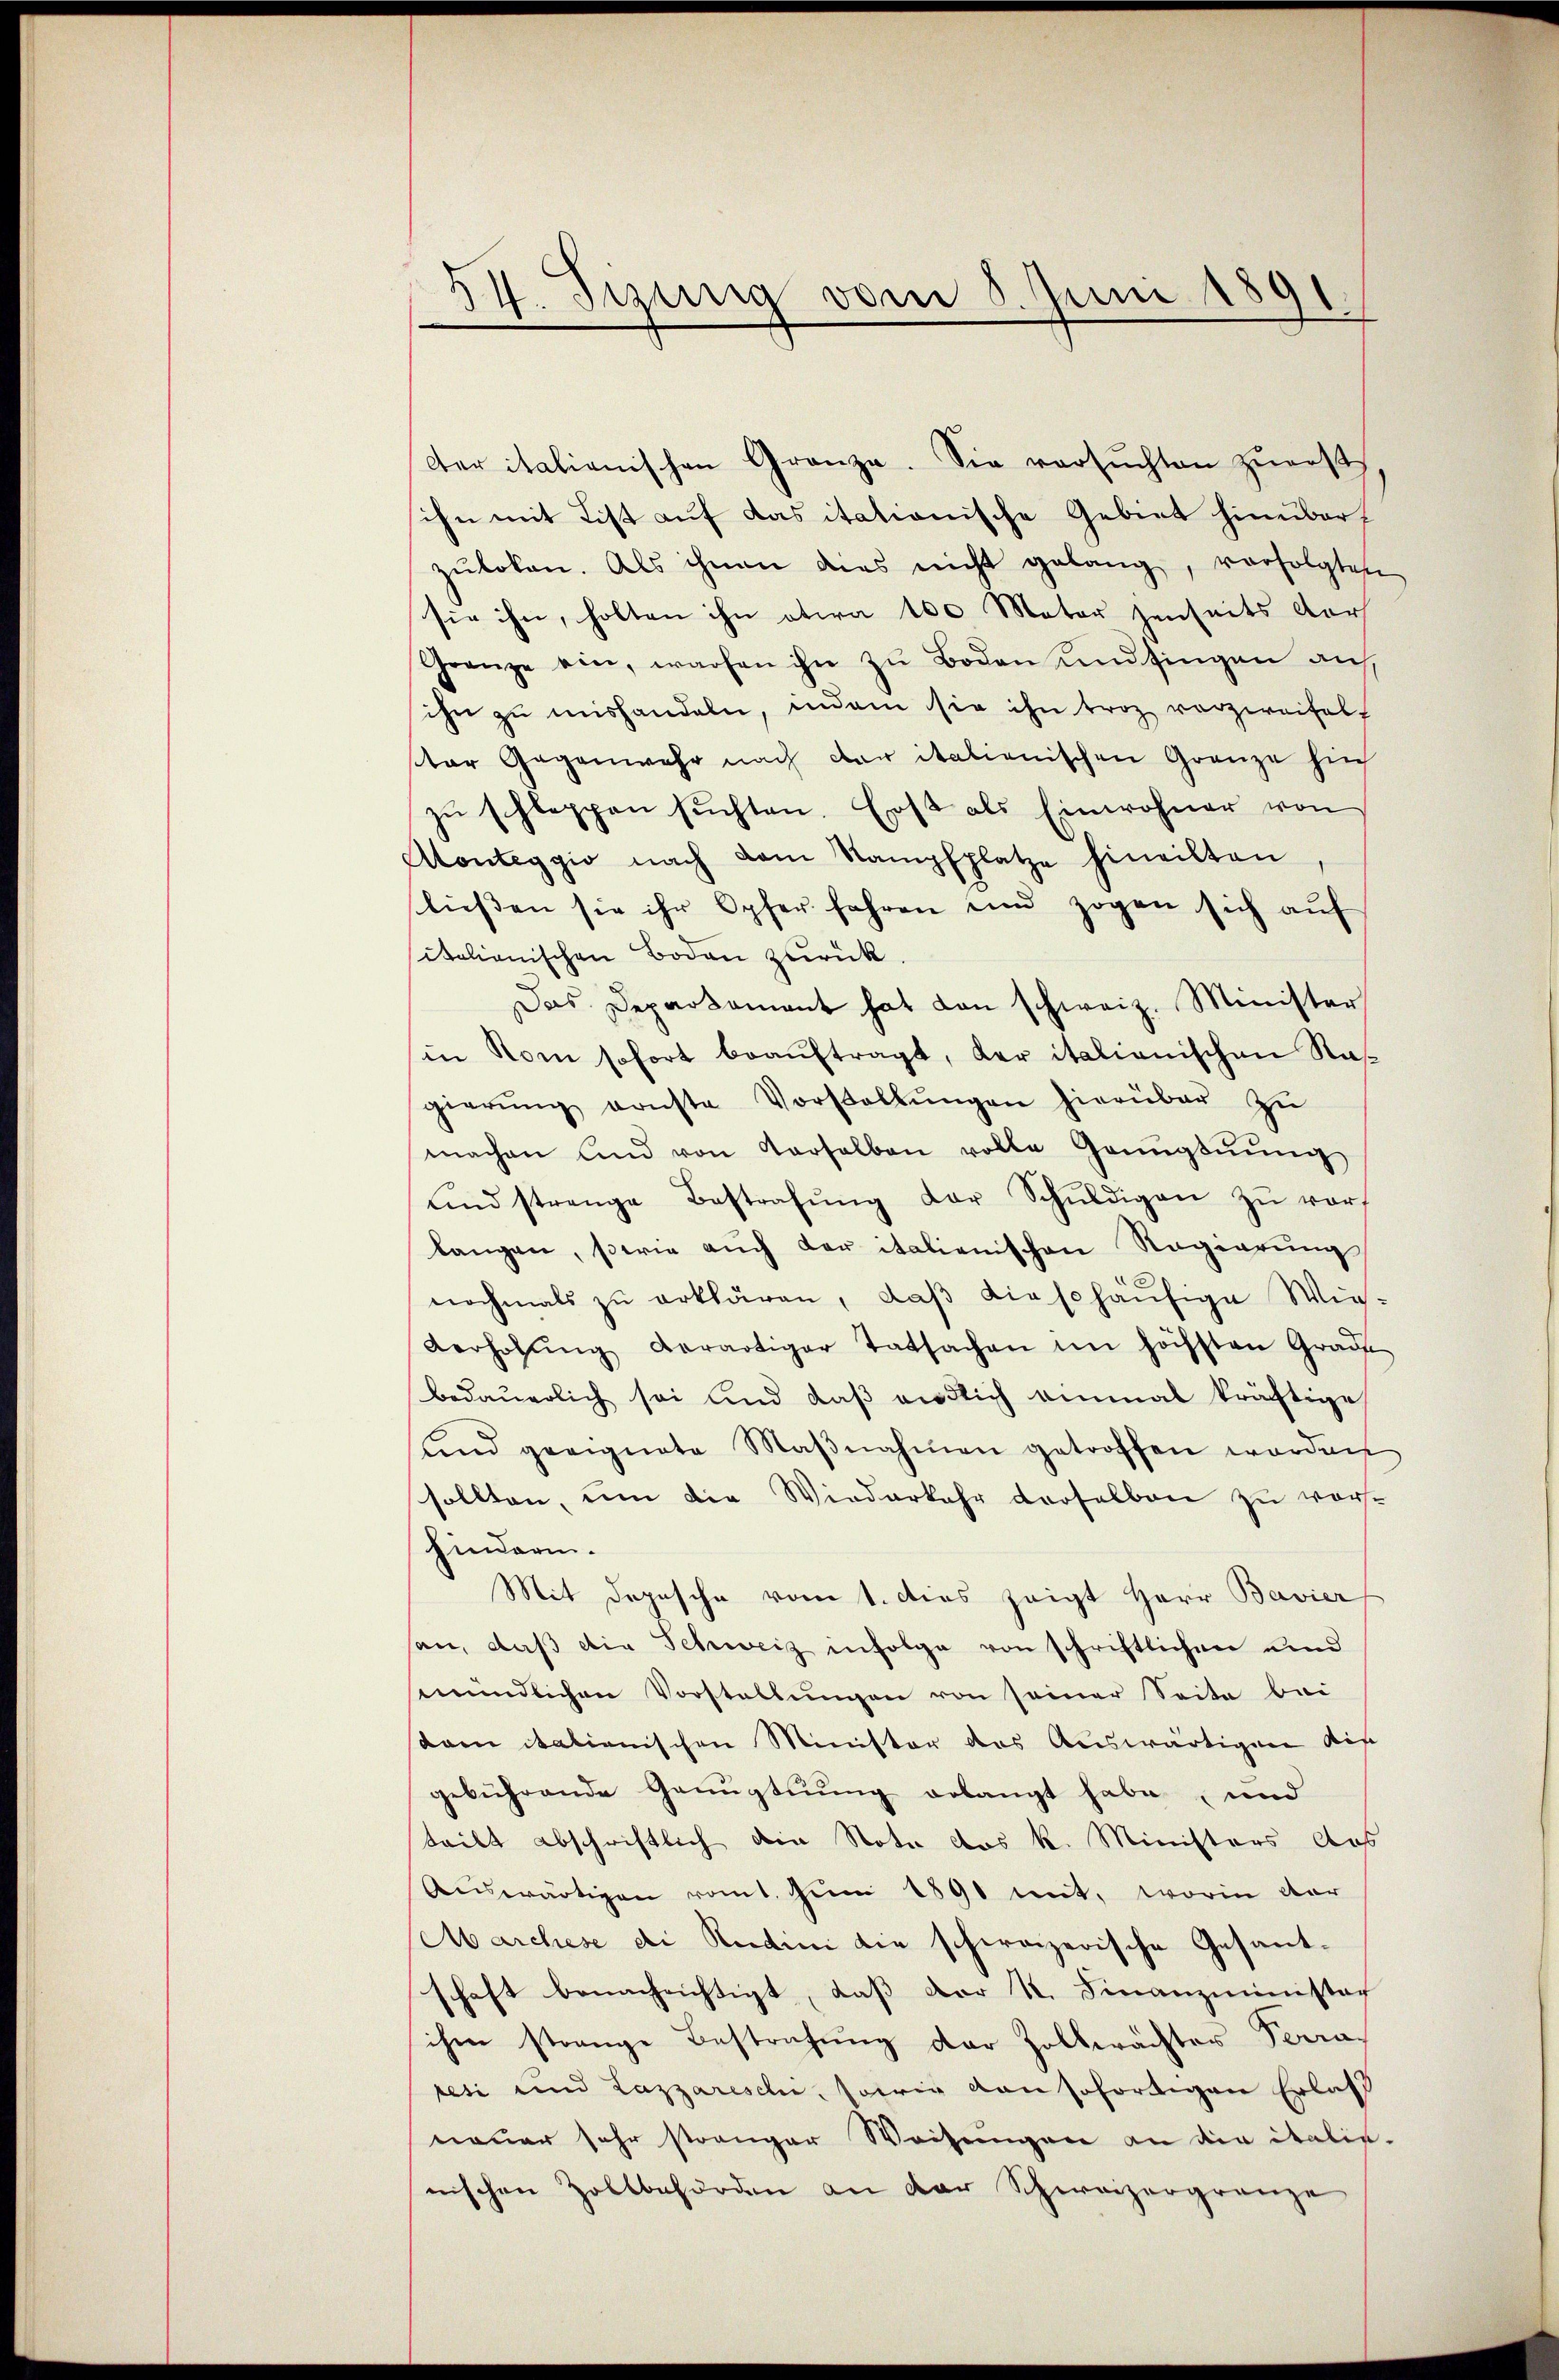
54. Syzung vom 8. Juni 1891

der italienischen Gränze. Sie versŭchten zŭerst
ihn mit List auf das itationische Gebiet hinüberzŭboten. Als ihnen dies nicht gelang, verfolgten
sie ihn, holten ihn etwa 100 Mater jenseits dar
Grenze ein, warfen ihn zu Boden und fingen auf
ihn zu mishandeln, indem sie ihn troz vorzweifelt
ster Gegenwahr nach der italienischen Grenze hin
zŭ schleppen suchten. Erst als Einwohner von
Aonteggio nach dem Stampfplatze hineilten
lieβen sie ihr Opfer fahren und zogen sich aŭf
italienischen Boden zurück
Das Departament hat dan schweiz. Minister
in Rom sofort beaŭftragt, der italienischen Ras
gierŭng ernste Vorstellŭngen hierüber zŭ
machen und von Verselben volle Genügtnŭng
und strenge Bestrafŭng der Schŭldigen zŭ ver
langen, sowie aŭch der italienischen Regierung
nochmals zu erklären, daβ dieschäufige Wies-
Verhöhŭng derartiger Tatsachen im höchsten Grade
bedauerlich sei und daß endlich einmal kräftige
ŭnd geeignete Maβnahmen getroffen worden
sollten, um die Wiederkehr derselben zu vorhindern.
Mit Depesche vom 1. dies zeigt Herr Bavier
san, daß die Schweiz infolge von schriftlichen und
mündlichen Vorstellungen von seiner Seite bei
stem italienischen Minister das Auswärtigen dis
gebührende Genugtuung erlangt habe und
teilt abschriftlich die Note das k. Ministers des
Auswärtigen romt. Juni 1891 mit, worin dar
Marchese di Rentini die schweizerische Gesantschaft benachrichtigt, daß der K. Finanzministag
ihm strange Bestrafung der Zollerachter Perra-
resi und Lazzareschi, sowie von sofortigen Erlaß
neuer sehr strenger Weisungen an die italis-
nischen Zollbehörden an der Schweizergränze